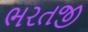
ભરતજી